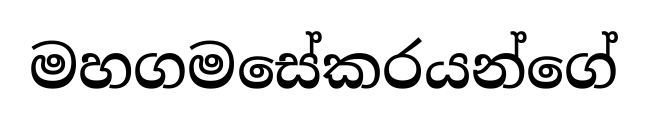
මහගමසේකරයන්ගේ